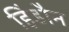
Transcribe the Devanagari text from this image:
हिंडौन